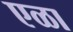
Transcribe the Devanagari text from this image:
एळा